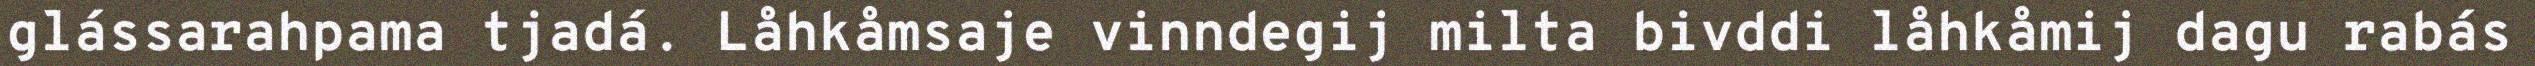
glássarahpama tjadá. Låhkåmsaje vinndegij milta bivddi låhkåmij dagu rabás